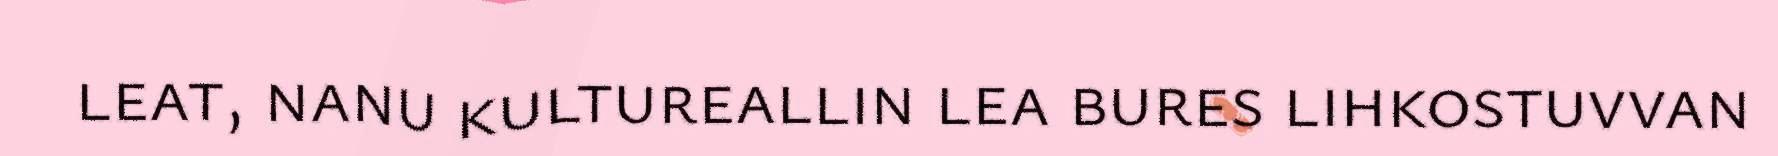
leat, nanu kultureallin lea bures lihkostuvvan